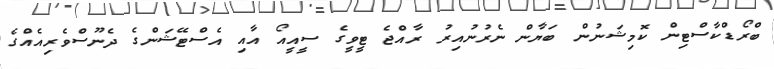
ބްރޯޑްކާސްޓިން ކޮމިޝަނުން ބަޔާން ނެރުނުއިރު ރާއްޖެ ޓީވީގެ ސީއީއޯ އާއި އެސްޓޭޝަންގެ ދެނޫސްވެރިއެއްގެ